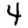
Digit: 4